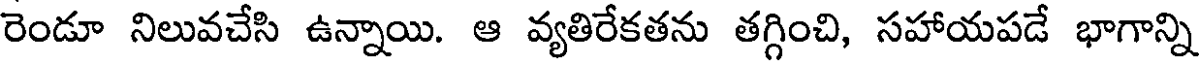
రెండూ నిలువచేసి ఉన్నాయి. ఆ వ్యతిరేకతను తగ్గించి, సహాయపడే భాగాన్ని